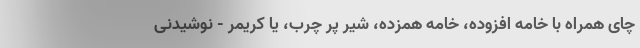
چای همراه با خامه افزوده، خامه همزده، شیر پر چرب، یا کریمر - نوشیدنی